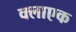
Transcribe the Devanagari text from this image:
क्लाएक